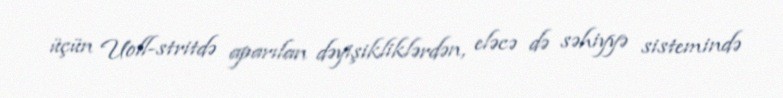
üçün Uoll-stritdə aparılan dəyişikliklərdən, eləcə də səhiyyə sistemində